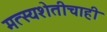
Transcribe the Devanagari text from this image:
मत्स्यशेतीचाही